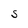
Character: S